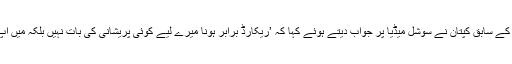
قومی کرکٹ ٹیم کے سابق کپتان نے سوشل میڈیا پر جواب دیتے ہوئے کہا کہ ’ریکارڈ برابر ہونا میرے لیے کوئی پریشانی کی بات نہیں بلکہ میں آپ کو سراہتا ہوں‘۔